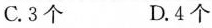
C.3个 D.4个